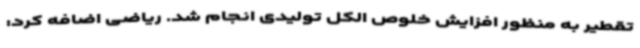
تقطیر به منظور افزایش خلوص الکل تولیدی انجام شد. ریاضی اضافه کرد: